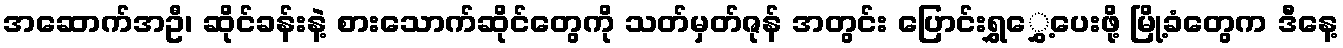
အဆောက်အဦ၊ ဆိုင်ခန်းနဲ့ စားသောက်ဆိုင်တွေကို သတ်မှတ်ဇုန် အတွင်း ပြောင်းရွှွှေ့ပေးဖို့ မြို့ခံတွေက ဒီနေ့